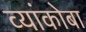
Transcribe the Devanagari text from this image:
व्यांकोबा